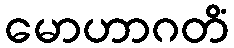
မောဟာဂတိံ